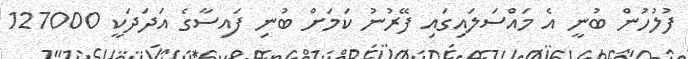
ފުލުހުން ބުނީ އެ މައްސަލައިގައި ފޭރުނު ކަމަށް ބުނި ފައިސާގެ އަދަދަކީ 127000